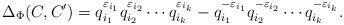
LaTeX: \begin{align*}\Delta_{\Phi} (C,C') = q^{\varepsilon_{i_{1}}}_{i_{1}} q^{\varepsilon_{i_{2}}}_{i_{2}} \cdots q^{\varepsilon_{i_{k}}}_{i_{k}} -q^{-\varepsilon_{i_{1}}}_{i_1} q^{-\varepsilon_{i_{2}}}_{i_{2}} \cdots q^{-\varepsilon_{i_{k}} }_{i_{k}}.\end{align*}